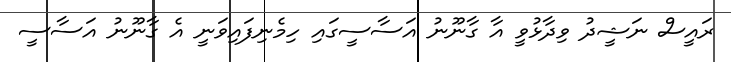
ރައީސް ނަޝީދު ވިދާޅުވީ އާ ގާނޫނު އަސާސީގައި ހިމެނިފައިވަނީ އެ ގާނޫނު އަސާސީ